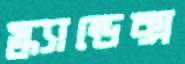
স্ক্যান্ডেক্স